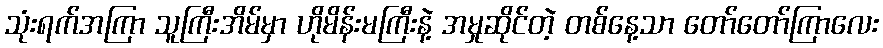
သုံးရက်အကြာ သူကြီးအိမ်မှာ ဟိုမိန်းမကြီးနဲ့ အမှုဆိုင်တဲ့ တစ်နေ့သာ တော်တော်ကြာလေး